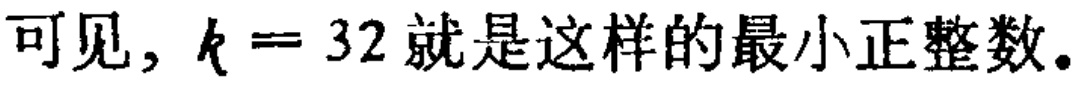
可见，\(k = 32\)就是这样的最小正整数。